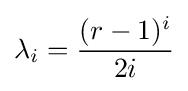
\lambda _{i}={\frac {(r-1)^{i}}{2i}}